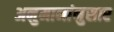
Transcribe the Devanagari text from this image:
अनुमानांनुसार